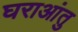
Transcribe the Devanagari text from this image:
घराआंतु